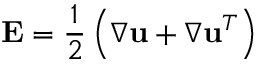
\mathbf { E } = \frac { 1 } { 2 } \left( \nabla \mathbf { u } + \nabla \mathbf { u } ^ { T } \right)